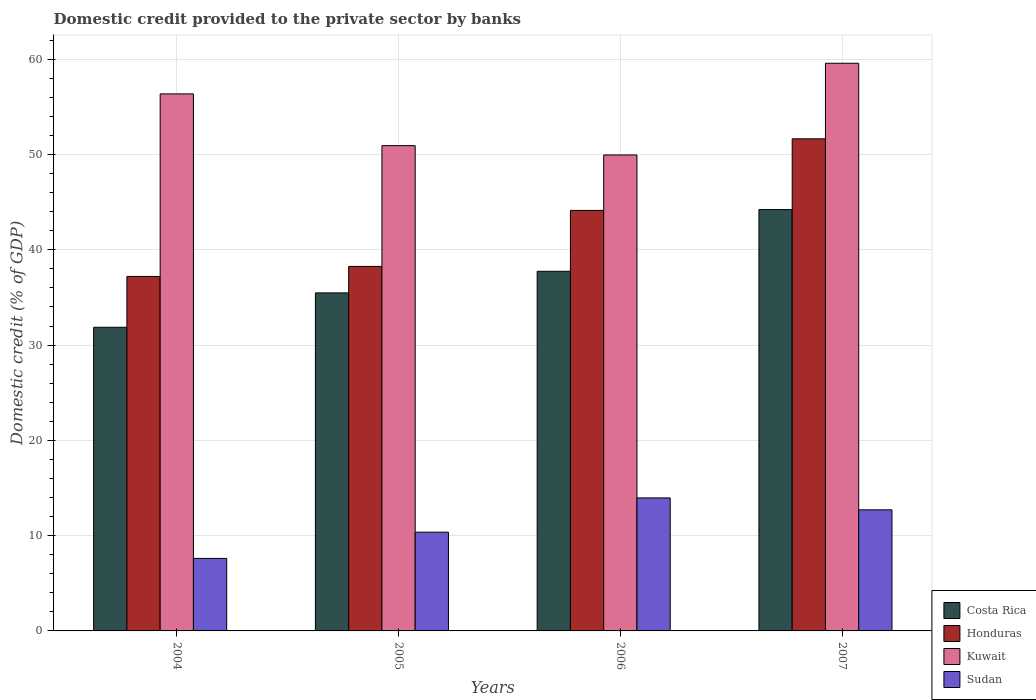
| Years | Costa Rica | Honduras | Kuwait | Sudan |
 | --- | --- | --- | --- | --- |
 | 2004 | 31.9 | 37.2 | 56.4 | 7.61 |
 | 2005 | 35.5 | 38.3 | 50.9 | 10.4 |
 | 2006 | 37.7 | 44.1 | 50 | 14 |
 | 2007 | 44.2 | 51.6 | 59.6 | 12.7 |